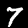
Label: 7